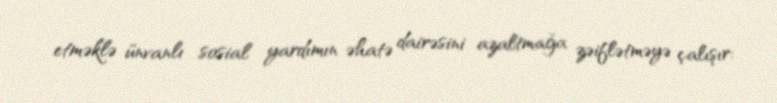
etməklə ünvanlı sosial yardımın əhatə dairəsini azaltmağa zəiflətməyə çalışır: